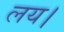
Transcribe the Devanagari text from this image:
लय।